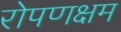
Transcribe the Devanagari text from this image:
रोपणक्षम